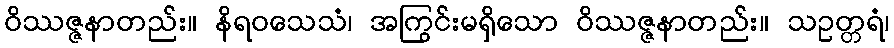
ဝိဿဇ္ဇနာတည်း။ နိရဝသေသံ၊ အကြွင်းမရှိသော ဝိဿဇ္ဇနာတည်း။ သဥတ္တရံ၊